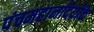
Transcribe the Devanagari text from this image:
पंचमहानदियोंके